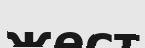
жест